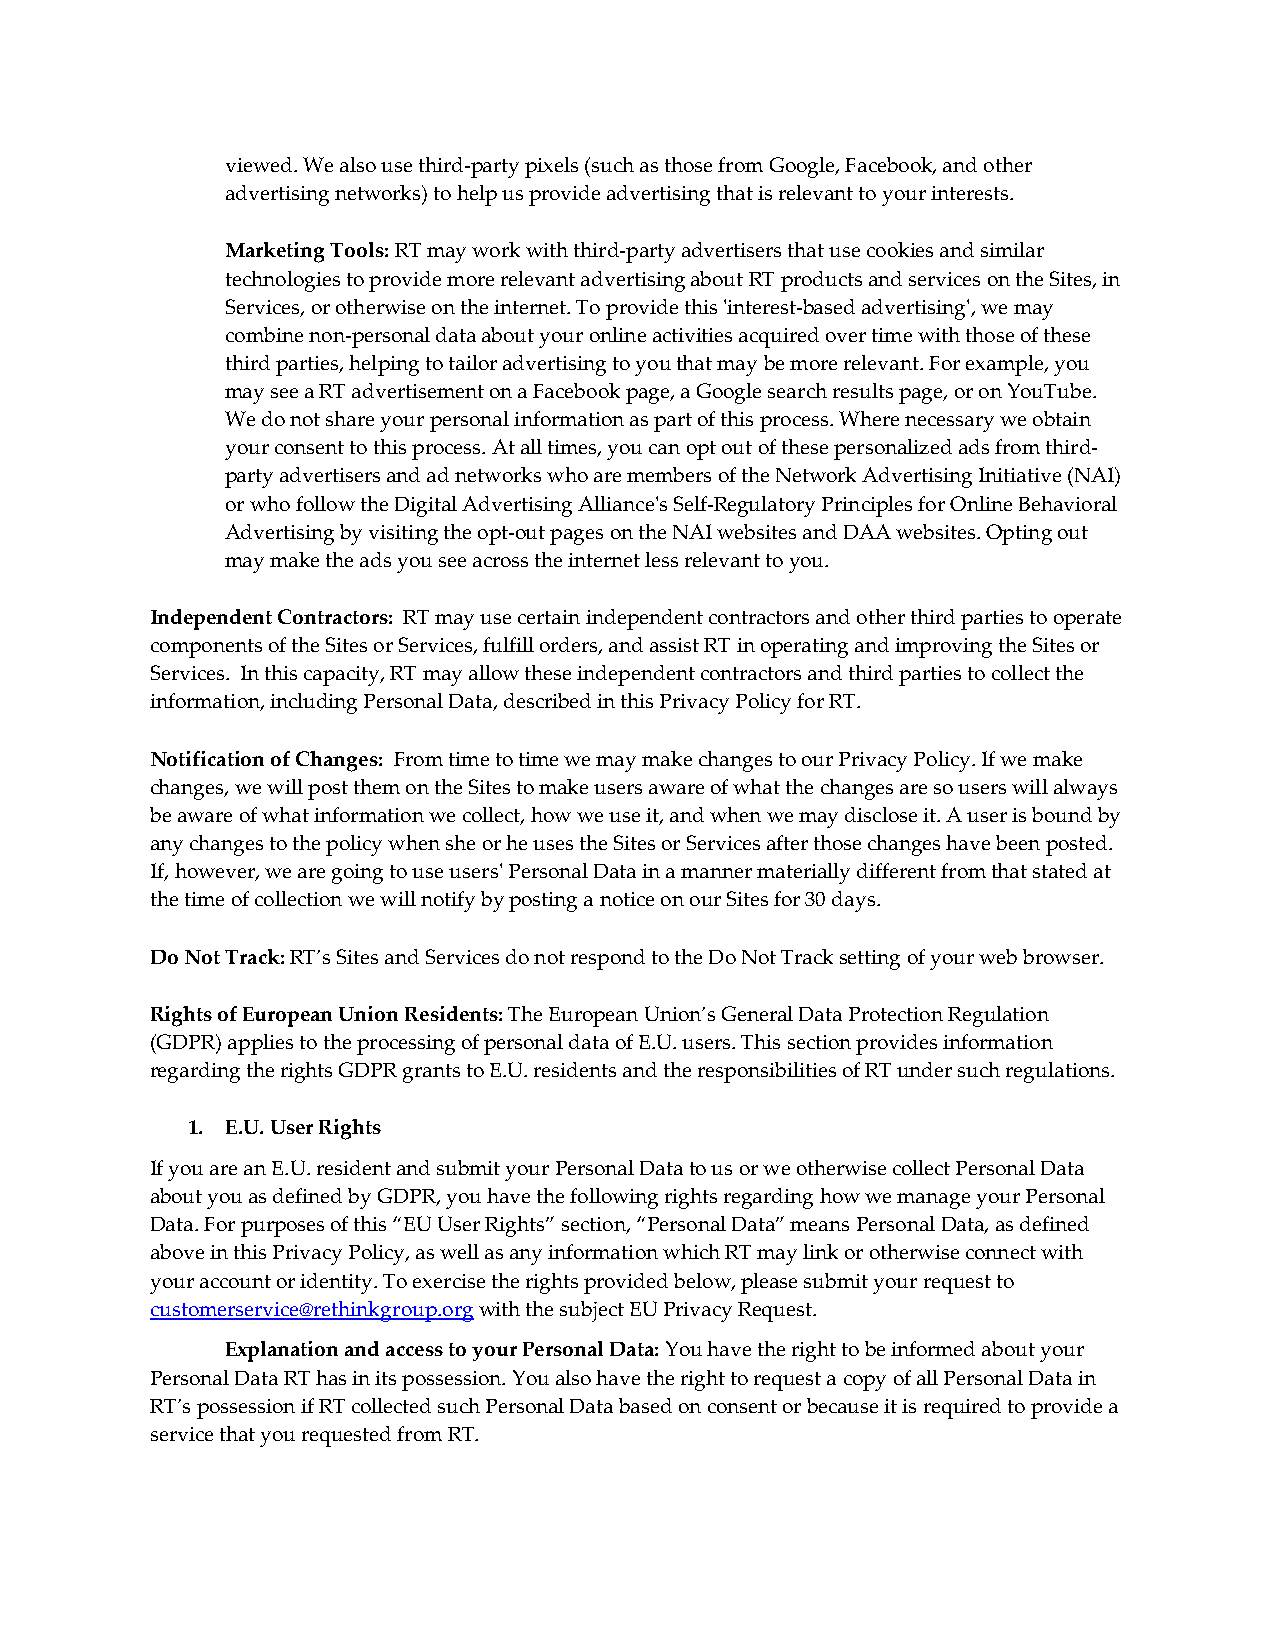
viewed. We also use third-party pixels (such as those from Google, Facebook, and other
 advertising networks) to help us provide advertising that is relevant to your interests.
 Marketing Tools: RT may work with third-party advertisers that use cookies and similar
 technologies to provide more relevant advertising about RT products and services on the Sites, in
 Services, or otherwise on the internet. To provide this 'interest-based advertising', we may
 combine non-personal data about your online activities acquired over time with those of these
 third parties, helping to tailor advertising to you that may be more relevant. For example, you
 may see a RT advertisement on a Facebook page, a Google search results page, or on YouTube.
 We do not share your personal information as part of this process. Where necessary we obtain
 your consent to this process. At all times, you can opt out of these personalized ads from third-
 party advertisers and ad networks who are members of the Network Advertising Initiative (NAI)
 or who follow the Digital Advertising Alliance's Self-Regulatory Principles for Online Behavioral
 Advertising by visiting the opt-out pages on the NAI websites and DAA websites. Opting out
 may make the ads you see across the internet less relevant to you.
 Independent Contractors: RT may use certain independent contractors and other third parties to operate
 components of the Sites or Services, fulfill orders, and assist RT in operating and improving the Sites or
 Services. In this capacity, RT may allow these independent contractors and third parties to collect the
 information, including Personal Data, described in this Privacy Policy for RT.
 Notification of Changes: From time to time we may make changes to our Privacy Policy. If we make
 changes, we will post them on the Sites to make users aware of what the changes are so users will always
 be aware of what information we collect, how we use it, and when we may disclose it. A user is bound by
 any changes to the policy when she or he uses the Sites or Services after those changes have been posted.
 If, however, we are going to use users' Personal Data in a manner materially different from that stated at
 the time of collection we will notify by posting a notice on our Sites for 30 days.
 Do Not Track: RT’s Sites and Services do not respond to the Do Not Track setting of your web browser.
 Rights of European Union Residents: The European Union’s General Data Protection Regulation
 (GDPR) applies to the processing of personal data of E.U. users. This section provides information
 regarding the rights GDPR grants to E.U. residents and the responsibilities of RT under such regulations.
 1. E.U. User Rights
 If you are an E.U. resident and submit your Personal Data to us or we otherwise collect Personal Data
 about you as defined by GDPR, you have the following rights regarding how we manage your Personal
 Data. For purposes of this “EU User Rights” section, “Personal Data” means Personal Data, as defined
 above in this Privacy Policy, as well as any information which RT may link or otherwise connect with
 your account or identity. To exercise the rights provided below, please submit your request to
 customerservice@rethinkgroup.org with the subject EU Privacy Request.
 Explanation and access to your Personal Data: You have the right to be informed about your
 Personal Data RT has in its possession. You also have the right to request a copy of all Personal Data in
 RT’s possession if RT collected such Personal Data based on consent or because it is required to provide a
 service that you requested from RT.